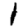
Digit: 1